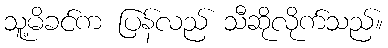
သူ့မိခင်က ပြန်လည် သီဆိုလိုက်သည်။